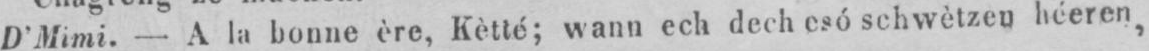
D’Mimi. - A la bonne ère, Kètté; wann ech dech esó schwètzen héeren,